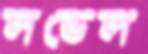
লভেল